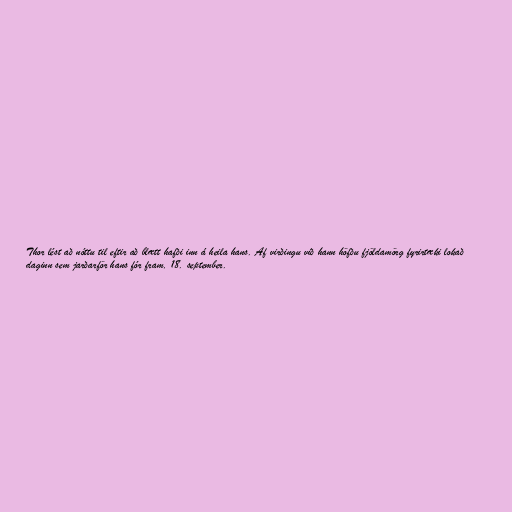
Thor lést að nóttu til eftir að blætt hafði inn á heila hans. Af virðingu við hann höfðu fjöldamörg fyrirtæki lokað
daginn sem jarðarför hans fór fram, 18. september.